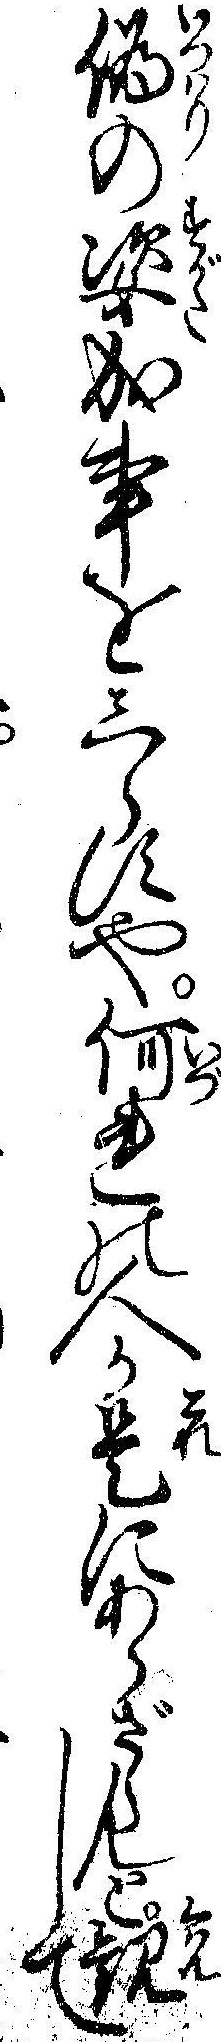
偽の姿成事をしらすや何れの人か是にあらざらんと観して